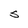
Character: S